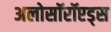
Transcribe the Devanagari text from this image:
अलोसॉरॉएड्स